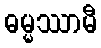
ဓမ္မဿာမီ